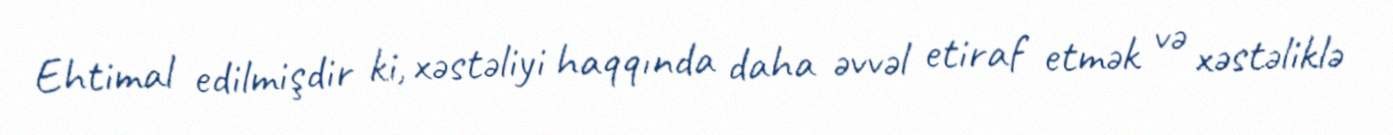
Ehtimal edilmişdir ki, xəstəliyi haqqında daha əvvəl etiraf etmək və xəstəliklə